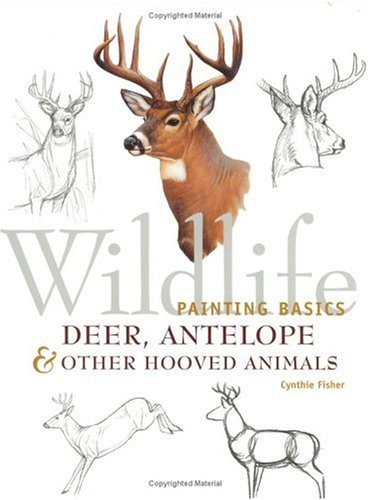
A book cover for Wildlife Painting Basics: Deer, Antelope & Other Hooved Animals; Cynthie Fisher; Arts & Photography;